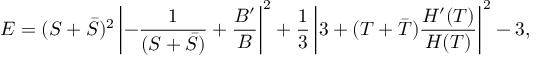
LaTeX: { \cal E } = ( S + { \bar { S } } ) ^ { 2 } \left| - \frac { 1 } { ( S + { \bar { S } } ) } + \frac { { \cal B } ^ { \prime } } { \cal B } \right| ^ { 2 } + \frac { 1 } { 3 } \left| 3 + ( T + { \bar { T } } ) \frac { H ^ { \prime } ( T ) } { H ( T ) } \right| ^ { 2 } - 3 ,